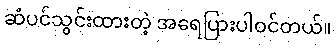
ဆံပင်သွင်းထားတဲ့ အရေပြားပါဝင်တယ်။